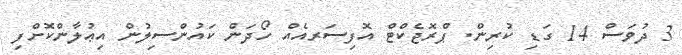
3 ދުވަސް 14 ގަޑި ކުރިން. ޕްރޮޖެކްޓް އޮފިސަރއެއް ހޯދަން ކައުންސިލުން އިޢުލާންކޮށްފި